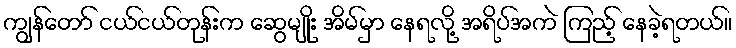
ကျွန်တော် ငယ်ငယ်တုန်းက ဆွေမျိုး အိမ်မှာ နေရလို့ အရိပ်အကဲ ကြည့် နေခဲ့ရတယ်။